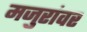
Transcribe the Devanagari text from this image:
मजुरांवर